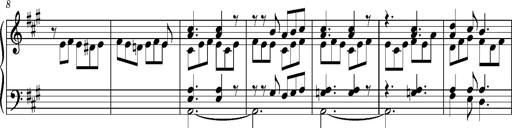
Title: PriÃ¨re d'un enfant Ã  son rÃ©veil
Composer: Franz Liszt
Key: A major